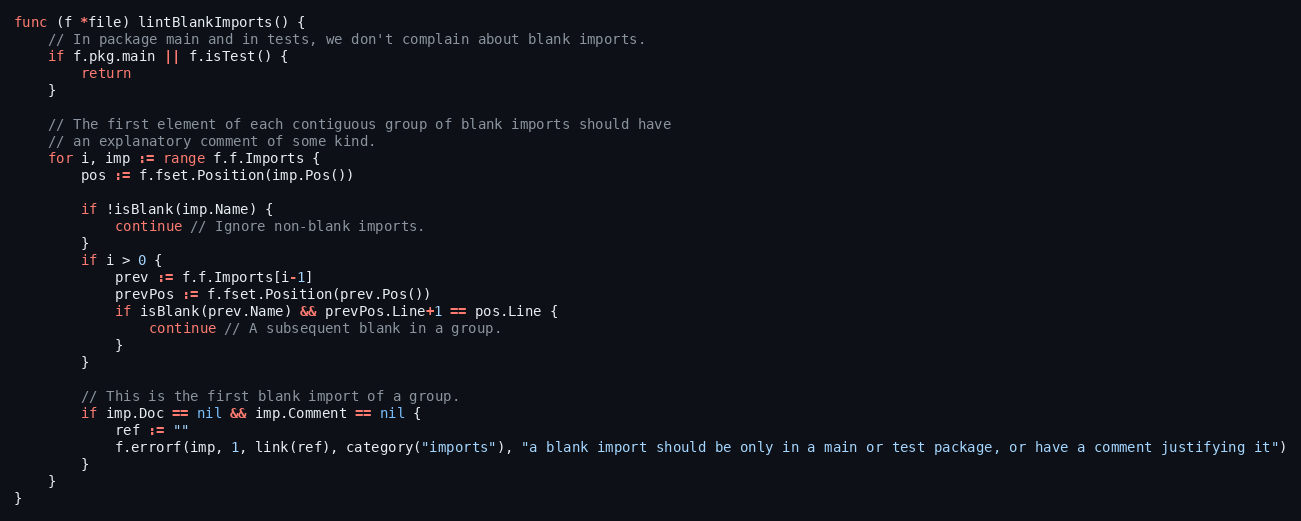
Language: Go
func (f *file) lintBlankImports() {
	// In package main and in tests, we don't complain about blank imports.
	if f.pkg.main || f.isTest() {
		return
	}

	// The first element of each contiguous group of blank imports should have
	// an explanatory comment of some kind.
	for i, imp := range f.f.Imports {
		pos := f.fset.Position(imp.Pos())

		if !isBlank(imp.Name) {
			continue // Ignore non-blank imports.
		}
		if i > 0 {
			prev := f.f.Imports[i-1]
			prevPos := f.fset.Position(prev.Pos())
			if isBlank(prev.Name) && prevPos.Line+1 == pos.Line {
				continue // A subsequent blank in a group.
			}
		}

		// This is the first blank import of a group.
		if imp.Doc == nil && imp.Comment == nil {
			ref := ""
			f.errorf(imp, 1, link(ref), category("imports"), "a blank import should be only in a main or test package, or have a comment justifying it")
		}
	}
}